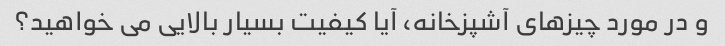
و در مورد چیزهای آشپزخانه، آیا کیفیت بسیار بالایی می خواهید؟